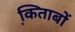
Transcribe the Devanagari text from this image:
कि़ताबों